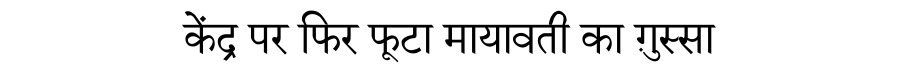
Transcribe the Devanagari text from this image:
केंद्र पर फिर फूटा मायावती का ग़ुस्सा